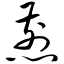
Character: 煎